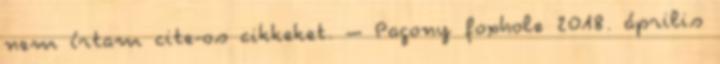
nem írtam cite-os cikkeket. – Pagony foxhole 2018. április